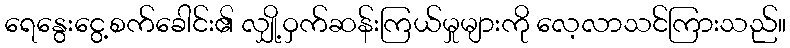
ရေနွေးငွေ့စက်ခေါင်း၏ လျှို့ဝှက်ဆန်းကြယ်မှုများကို လေ့လာသင်ကြားသည်။